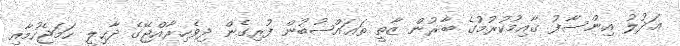
ޢަދުލު އިންސާފު ޤާއިމުކުރުމުގެ ބާރުން ޒާތީ ތަޢައްޞުބުން ފުރިގެން ދިވެހިރާއްޖޭގެ ދާޚިލީ ހަމަޖެހުމާއި